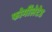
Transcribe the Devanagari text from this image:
फोर्मीलेटेड